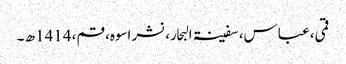
قمی، عباس، سفینۃ البحار، نشر اسوہ، قم، 1414ھ ۔